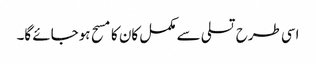
اسی طرح تسلی سے مکمل کان کا مسح ہوجائے گا۔